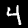
Label: 4